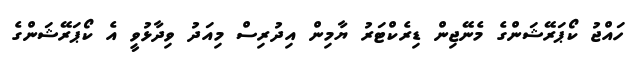
ހައްޖު ކޯޕަރޭޝަންގެ މެނޭޖިން ޑިރެކްޓަރު ޔާމިން އިދުރިސް މިއަދު ވިދާޅުވީ އެ ކޯޕަރޭޝަންގެ